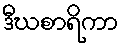
ဒီဃစာရိကာ